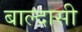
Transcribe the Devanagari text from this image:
बाल्दासी